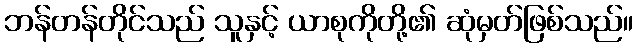
ဘန်တန်တိုင်သည် သူနှင့် ယာစုကိုတို့၏ ဆုံမှတ်ဖြစ်သည်။